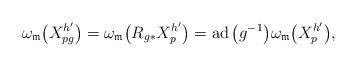
LaTeX: \begin{gather*}\omega_{\mathfrak{m}}\big(X^{h'}_{pg}\big)=\omega_{\mathfrak{m}}\big(R_{g\ast}X^{h'}_p\big)=\operatorname{ad}\big(g^{-1}\big)\omega_{\mathfrak{m}}\big(X^{h'}_p\big),\end{gather*}